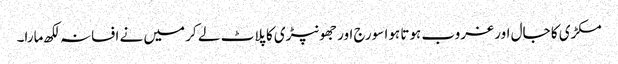
مکڑی کا جال اور غروب ہوتا ہوا سورج اور جھونپڑی کا پلاٹ لے کر میں نے افسانہ لکھ مارا۔